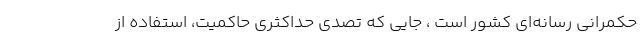
حکمرانی رسانه‌ای کشور است ، جایی که تصدی حداکثری حاکمیت، استفاده از